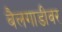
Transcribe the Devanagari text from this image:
बैलगाडीवर